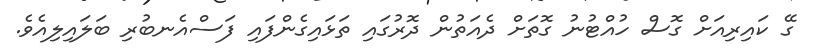
ގޭ ކައިރިއަށް ގޮސް ހުއްޓުނު ގޮތަށް ދެއަތުން ދޮރުގައި ތަޅައިގެންފައި ފަސްއެނބުރި ބަލައިލިއެވެ.